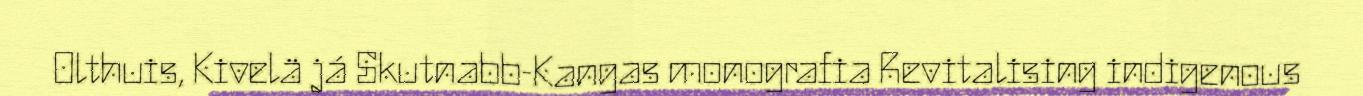
Olthuis, Kivelä já Skutnabb-Kangas monografia Revitalising indigenous